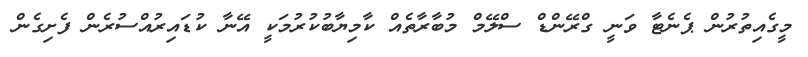
މީގެއިތުރުން ޕެނެޓާ ވަނީ ގްރޭންޑް ސްލޭމް މުބާރާތެއް ކާމިޔާބުކުރުމަކީ އޭނާ ކުޑައިރުއްސުރެން ފެށިގެން